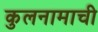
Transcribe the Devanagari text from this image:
कुलनामाची